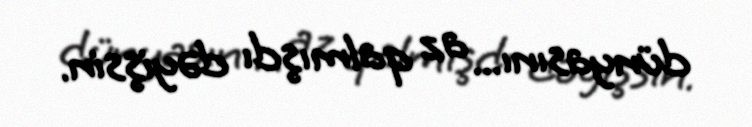
dünyasını... az qalmışdı dəyişsin.